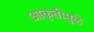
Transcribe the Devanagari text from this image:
आकृतीमुळे